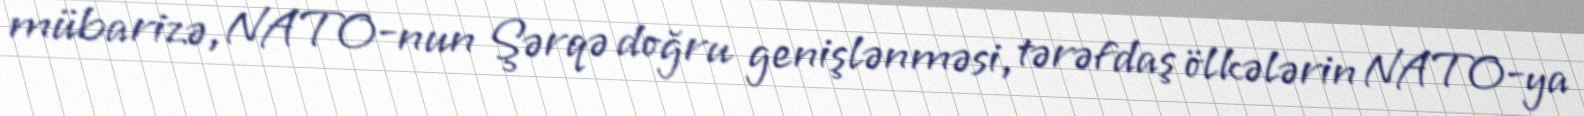
mübarizə, NATO-nun Şərqə doğru genişlənməsi, tərəfdaş ölkələrin NATO-ya